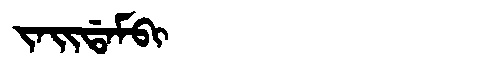
Manchu: ᠵᠠᡳᡩᠠᠮᠪᡳ
Romanization: JAIDAMBI